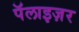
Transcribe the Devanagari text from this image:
पॅलाइज़र